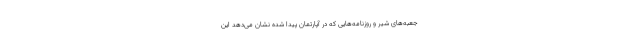
جعبه‌های شیر و روزنامه‌هایی که در آپارتمان پیدا شده نشان می‌دهد این